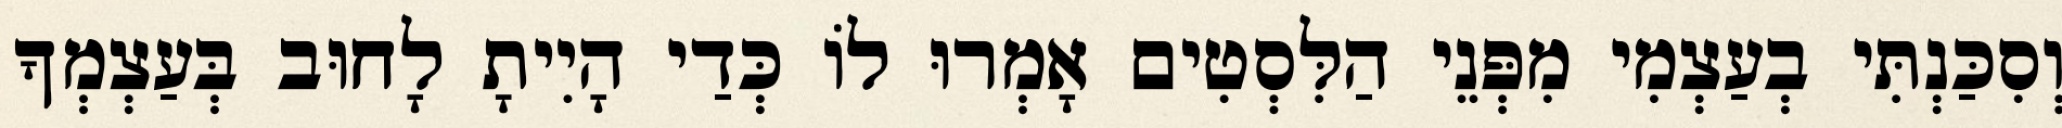
וְסִכַּנְתִּי בְעַצְמִי מִפְּנֵי הַלִּסְטִים אָמְרוּ לוֹ כְּדַי הָיִיתָ לָחוּב בְּעַצְמְךָ